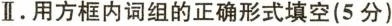
Ⅱ.用方框内词组的正确形式填空(5分)